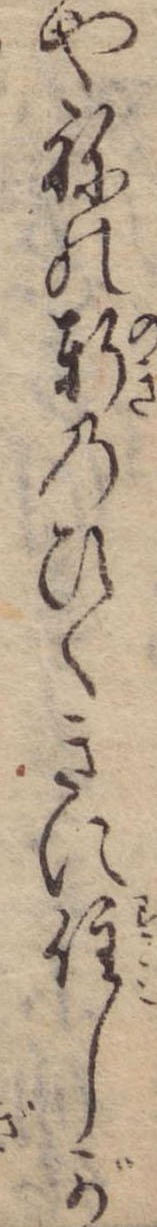
やねの軒のひくきに住しが